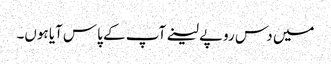
میں دس روپے لینے آپ کے پاس آیا ہوں۔